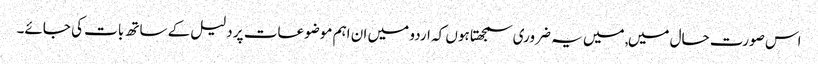
اس صورت حال میں, میں یہ ضروری سمجھتا ہوں کہ اردو میں ان اہم موضوعات پر دلیل کے ساتھ بات کی جائے۔